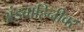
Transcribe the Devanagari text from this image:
अंडवाहिनीवर